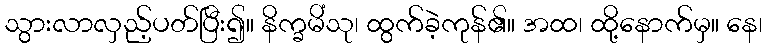
သွားလာလှည့်ပတ်ပြီး၍။ နိက္ခမိံသု၊ ထွက်ခဲ့ကုန်၏။ အထ၊ ထို့နောက်မှ။ နေ၊